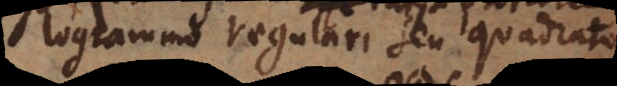
parallelogrammo regulari seu quadrato